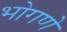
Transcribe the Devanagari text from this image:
भोगणे